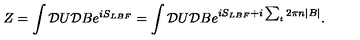
Z = \int { \cal D } U { \cal D } B e ^ { i S _ { L B F } } = \int { \cal D } U { \cal D } B e ^ { i S _ { L B F } + i \sum _ { t } 2 \pi n | B | } .